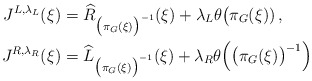
\begin{align*} J^{L,\lambda_L}(\xi)&=\widehat R_{\bigl(\pi_G(\xi)\bigr)^{-1}}(\xi) +\lambda_L\theta\bigl(\pi_G(\xi))\,,\\ J^{R,\lambda_R}(\xi)&=\widehat L_{\bigl(\pi_G(\xi)\bigr)^{-1}}(\xi) +\lambda_R\theta\Bigl(\bigl(\pi_G(\xi)\bigr)^{-1}\Bigr) \end{align*}